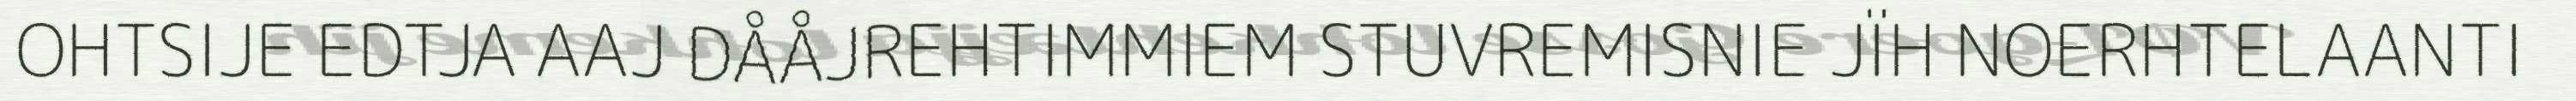
OHTSIJE EDTJA AAJ DÅÅJREHTIMMIEM STUVREMISNIE JÏH NOERHTELAANTI